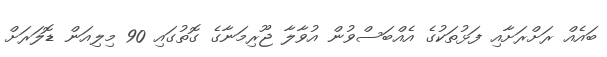
ބައެއް ރަށްރަށާއި ފަޅުތަކުގެ އެއްބަސްވުން އުވާލާ ޖޫރިމަނާގެ ގޮތުގައި 90 މިލިއަން ޑޮލަރަށް